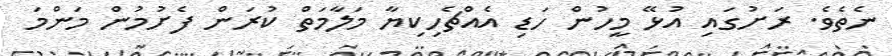
ނެތެވެ. ރަށުގައި އުޅޭ މީހުން ހަޑި އެއްޗެހިކިޔާ މަލާމަތް ކުރަން ފެށުމުން މަންމަ